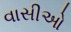
વાસીઓ